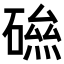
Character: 𥕃